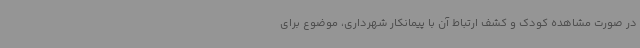
در صورت مشاهده کودک و کشف ارتباط آن با پیمانکار شهرداری، موضوع برای